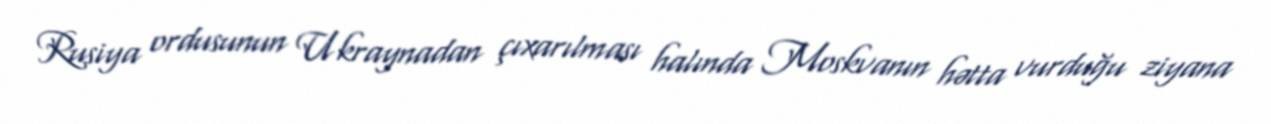
Rusiya ordusunun Ukraynadan çıxarılması halında Moskvanın hətta vurduğu ziyana